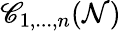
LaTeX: \mathscr{C}_{1,...,n}(\mathcal{N})